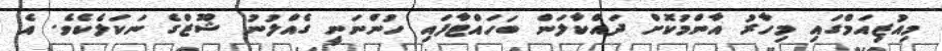
މިއުޒިއަމްގައި މިހާރު އާންމުކޮށް ދައްކާލަން ބަހައްޓާފައި ހުންނަނީ ގެއްލުނު ޝޫޒްގެ ނަކަލެކެވެ. އެ